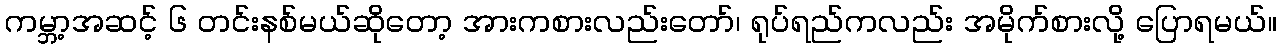
ကမ္ဘာ့အဆင့် ၆ တင်းနစ်မယ်ဆိုတော့ အားကစားလည်းတော်၊ ရုပ်ရည်ကလည်း အမိုက်စားလို့ ပြောရမယ်။